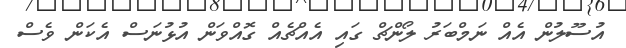
އުސޫލުން އެއް ނަމްބަރު ލޯންޗް ގައި އެއްޗެއް ގޮއްވަން އުޅުނަސް އެކަން ވެސް